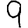
Digit: 9